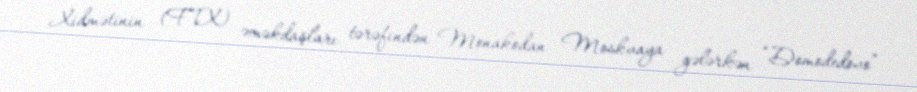
Xidmətinin (FTX) əməkdaşları tərəfindən Monakodan Moskvaya gələrkən “Domodedovo”